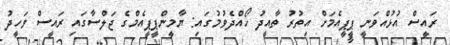
ރައީސް އުޅުއްވަނީ ޕީޕީއެމަށް އިތުރު ތާއީދު ހޯއްދެވުމުގައި: ޔާމީންޕީޕީއެމްގެ ޖަލްސާގައި ރައީސް ވަހީދު